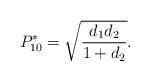
LaTeX: \begin{align*} P_{1 0}^{*}=\sqrt{\frac{d_{1}d_{2}}{1+d_{2}}}.\end{align*}